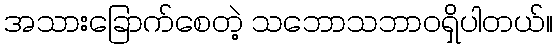
အသားခြောက်စေတဲ့ သဘောသဘာဝရှိပါတယ်။